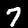
Label: 7